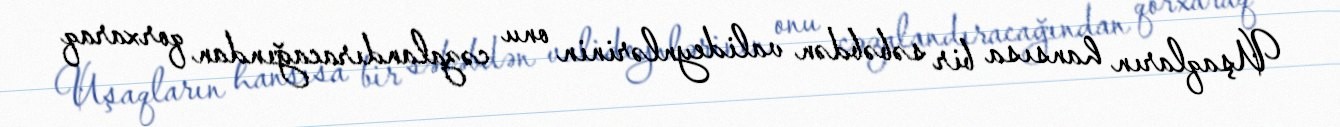
Uşaqların hansısa bir səbəbdən valideynlərinin onu cəzalandıracağından qorxaraq